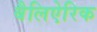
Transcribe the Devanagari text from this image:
बैलिऐरिक